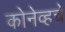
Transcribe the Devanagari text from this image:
कोनेव्हचे